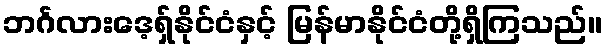
ဘင်္ဂလားဒေ့ရှ်နိုင်ငံနှင့် မြန်မာနိုင်ငံတို့ရှိကြသည်။